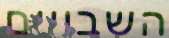
השבויים